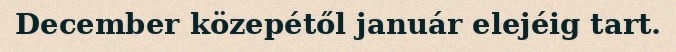
December közepétől január elejéig tart.